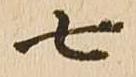
七